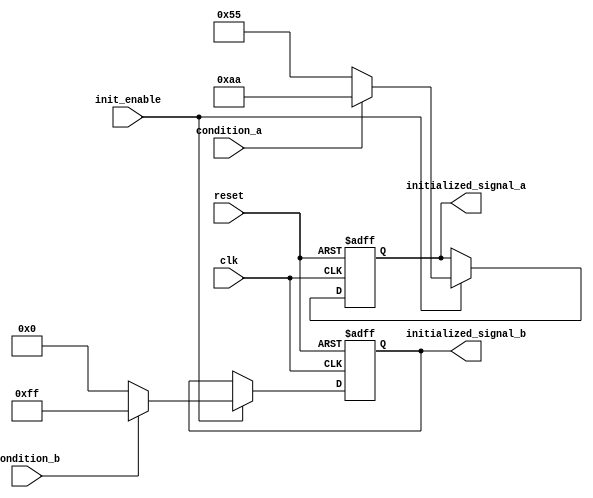
module conditional_initialization (
    input wire clk,               // Clock signal
    input wire reset,             // Reset signal
    input wire init_enable,       // Control signal for initialization
    input wire condition_a,       // Condition signal A
    input wire condition_b,       // Condition signal B
    output reg [7:0] initialized_signal_a, // Initialized signal A
    output reg [7:0] initialized_signal_b  // Initialized signal B
);

    // Initialization values
    localparam INIT_VALUE_A1 = 8'hAA; // Value for condition A true
    localparam INIT_VALUE_A2 = 8'h55; // Value for condition A false
    localparam INIT_VALUE_B1 = 8'hFF; // Value for condition B true
    localparam INIT_VALUE_B2 = 8'h00; // Value for condition B false

    always @(posedge clk or posedge reset) begin
        if (reset) begin
            // Reset behavior: clear initialized signals
            initialized_signal_a <= 8'h00;
            initialized_signal_b <= 8'h00;
        end else if (init_enable) begin
            // Conditional initialization logic
            if (condition_a) begin
                initialized_signal_a <= INIT_VALUE_A1; // Assign value based on condition A
            end else begin
                initialized_signal_a <= INIT_VALUE_A2; // Assign alternative value
            end
            
            if (condition_b) begin
                initialized_signal_b <= INIT_VALUE_B1; // Assign value based on condition B
            end else begin
                initialized_signal_b <= INIT_VALUE_B2; // Assign alternative value
            end
        end
    end

endmodule